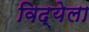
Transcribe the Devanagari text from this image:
विद्येला